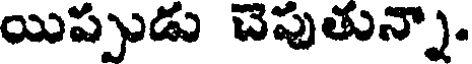
యిప్పుడు చెపుతున్నా.